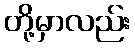
တို့မှာလည်း